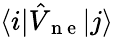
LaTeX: \langle i\vert\hat{V}_{\mathrm{~n~e~}}\vert j\rangle